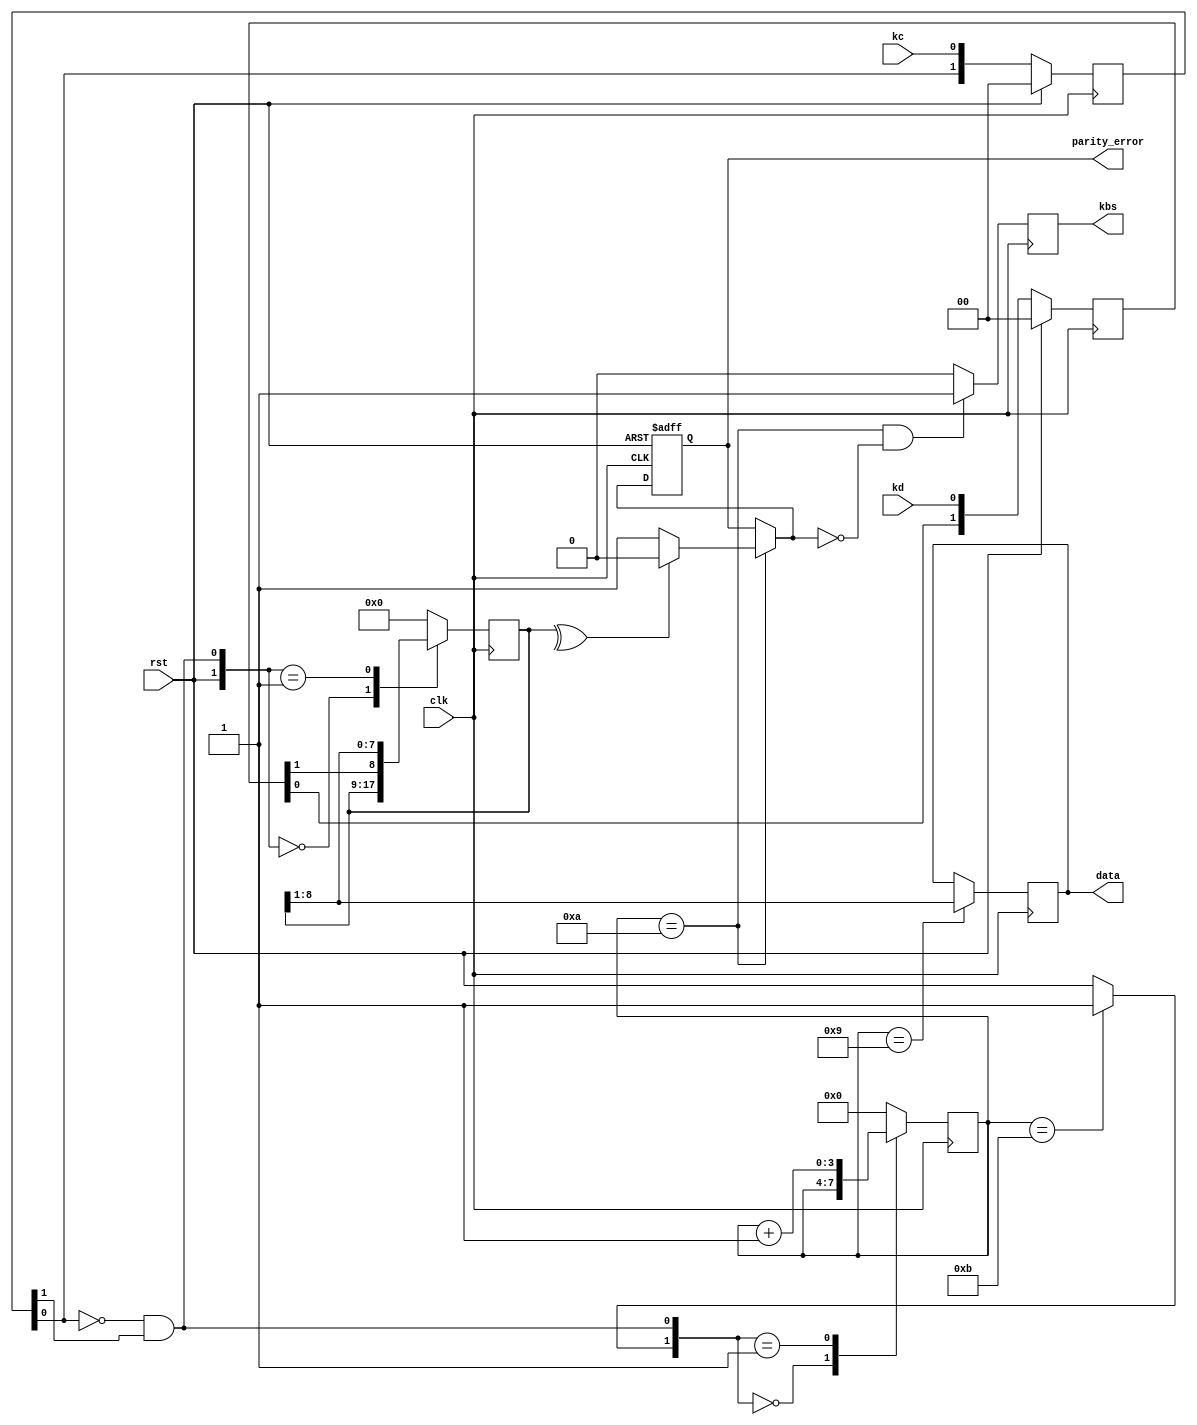
//////////////////////////////////////////////////////////////////////////////////

// Company:			UTFSM


// 


// Design Name: 

// Module Name:		ps2_read_ms

// Project Name:	Experiencia 5

// Target Devices: 

// Tool versions: 

// Description:		Es un driver que permite recibir datos

//					desde un dispositivo cuyo protocolo de

//					comunicacin es PS2

//

// Dependencies:	

// Additional Comments:

//Cada vez que se lee un dato correctamente, se genera un pulso

//en la seal "kbs", lo que permite saber cuando leer "data"

//////////////////////////////////////////////////////////////////////////////////



module ps2_read_ms(clk,rst,kd,kc,kbs,data,parity_error);

	input clk,rst,kd,kc;

	output kbs;

	output reg parity_error = 1'b0;

	output reg [7:0]data;

	reg [7:0] data_next;

	reg [10:2]shift;

	reg [10:2]shift_next;

	reg [3:0] data_in_counter = 4'd0;

	reg [3:0] data_in_counter_next;

	

	reg [1:0]kd_s = 2'b00;

	reg [1:0]kc_s = 2'b00;

	reg reset_data_in_counter;

	reg new_data_available = 1'b0;

	reg new_data_available_next;

	

	wire kc_ne;

	assign kbs=new_data_available;



	//sincronizando la entrada con el reloj de la FPGA

	always@(posedge clk)

		if(rst)

			{kd_s,kc_s} <= 4'b0;

		else

		begin

			kd_s <= {kd_s[0], kd};

			kc_s <= {kc_s[0], kc};

		end

		

	// Canto de bajada de la senal de keyboard clock

	assign kc_ne = (~kc_s[0]) & (kc_s[1]);

	

	//asignacion del registro de desplazamiento

	always@(*)

		case ({rst,kc_ne})

			2'b00:shift_next = shift;

			2'b01:shift_next = {kd_s[1], shift[10:3]};

			default:shift_next = 11'd0;

		endcase



	always@(posedge clk)

		shift <= shift_next;

	

	always @(*)

		if(data_in_counter == 4'd11)//llego el stop y es necesario resetar la cuenta

			reset_data_in_counter = 1'b1;

		else

			reset_data_in_counter=rst;



	//contador de los bits de entrada

	//por el carater sincronico del rst, la cuenta en 11 durar un ciclo de reloj

	always@(*)

		case({reset_data_in_counter,kc_ne})

			2'b00: data_in_counter_next = data_in_counter;

			2'b01: data_in_counter_next = data_in_counter + 4'd1;

			default:data_in_counter_next = 4'd0;

		endcase

		

	always@(posedge clk)

		data_in_counter <= data_in_counter_next;

			

	//aviso de new data disponible

	reg parity_error_next;

	always@(*)

		if((data_in_counter == 4'd10) && (!parity_error_next))//estamos en la paridad a la espera del stop

			new_data_available_next = 1'b1;

		else

			new_data_available_next = 1'b0;

	

	always@(posedge clk)

		new_data_available <= new_data_available_next;

	

	//la data

	always@(*)

		if(data_in_counter == 4'd9)//tengo el dato nuevo completo

			data_next = shift[10:3];

		else

			data_next = data;

	

	always@(posedge clk)

		data <= data_next;



	//checkeando paridad

	

	wire parity_local;



	assign parity_local = (^shift[10:2]);//calculando la paridad (odd)

	

	always@(*)

		if(data_in_counter == 4'd10)//acaba de llegar la paridad (ya esta almacenada)

			if(parity_local == 1'b1)

				parity_error_next = 1'b0;

			else

				parity_error_next = 1'b1;

		else

			parity_error_next = parity_error;

	

	always@(posedge clk or posedge rst)

		if(rst)

			parity_error <= 1'b0;

		else

			parity_error<=parity_error_next;

	

endmodule